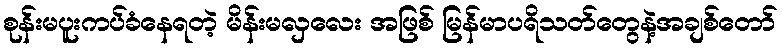
စုန်းမပူးကပ်ခံနေရတဲ့ မိန်းမလှလေး အဖြစ် မြန်မာပရိသတ်တွေနဲ့အချစ်တော်